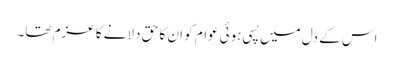
اس کے دل میں پسی ہوئی عوام کو ان کا حق دلانے کا عزم تھا۔